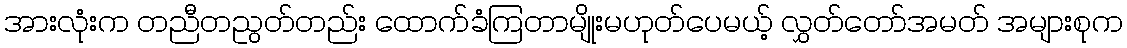
အားလုံးက တညီတညွတ်တည်း ထောက်ခံကြတာမျိုးမဟုတ်ပေမယ့် လွှတ်တော်အမတ် အများစုက